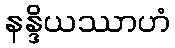
နန္ဒိယဿာဟံ